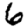
Digit: 6